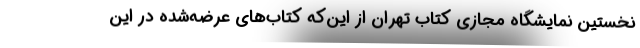
نخستین نمایشگاه مجازی کتاب تهران از این‌که کتاب‌های عرضه‌شده در این